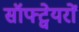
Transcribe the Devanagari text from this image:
सॉफ्ट्वेयरों